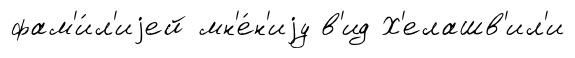
фам'и́л'иjей мн'е́н'иjу в'ид Х'елашв'ил'и